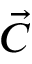
\vec { C }